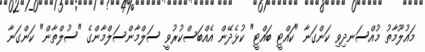
މައުލޫމާތު މުއްސަނދިވި ކަންގަނާ "ކައްޓީ ބައްޓީ" ކުޅެދޭން އެއްބަސްކުރުވީ ސަލްމާންސަލްމާންގެ "ސުލްތާން" ކަންގަނާ